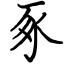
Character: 豖